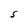
Character: S